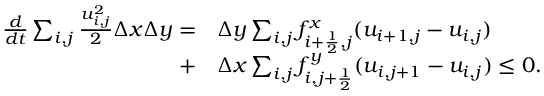
\begin{array} { r l } { \frac { d } { d t } \sum _ { i , j } \frac { u _ { i , j } ^ { 2 } } { 2 } \Delta x \Delta y = } & { { } \Delta y \sum _ { i , j } f _ { i + \frac { 1 } { 2 } , j } ^ { x } ( u _ { i + 1 , j } - u _ { i , j } ) } \\ { + } & { { } \Delta x \sum _ { i , j } f _ { i , j + \frac { 1 } { 2 } } ^ { y } ( u _ { i , j + 1 } - u _ { i , j } ) \le 0 . } \end{array}